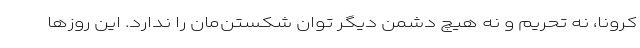
کرونا، نه تحریم و نه هیچ دشمن دیگر توان شکستن‌مان را ندارد. این روزها